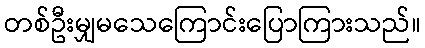
တစ်ဦးမျှမသေကြောင်းပြောကြားသည်။